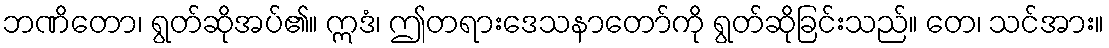
ဘဏိတော၊ ရွတ်ဆိုအပ်၏။ ဣဒံ၊ ဤတရားဒေသနာတော်ကို ရွတ်ဆိုခြင်းသည်။ တေ၊ သင်အား။